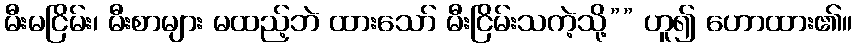
မီးမငြိမ်း၊ မီးစာများ မထည့်ဘဲ ထားသော် မီးငြိမ်းသကဲ့သို့”” ဟူ၍ ဟောထား၏။